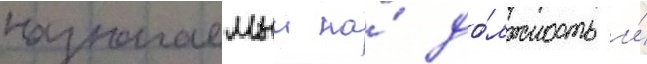
назначаемыи на́ до́лжность и́